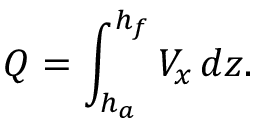
Q = \int _ { h _ { a } } ^ { h _ { f } } V _ { x } \, d z .